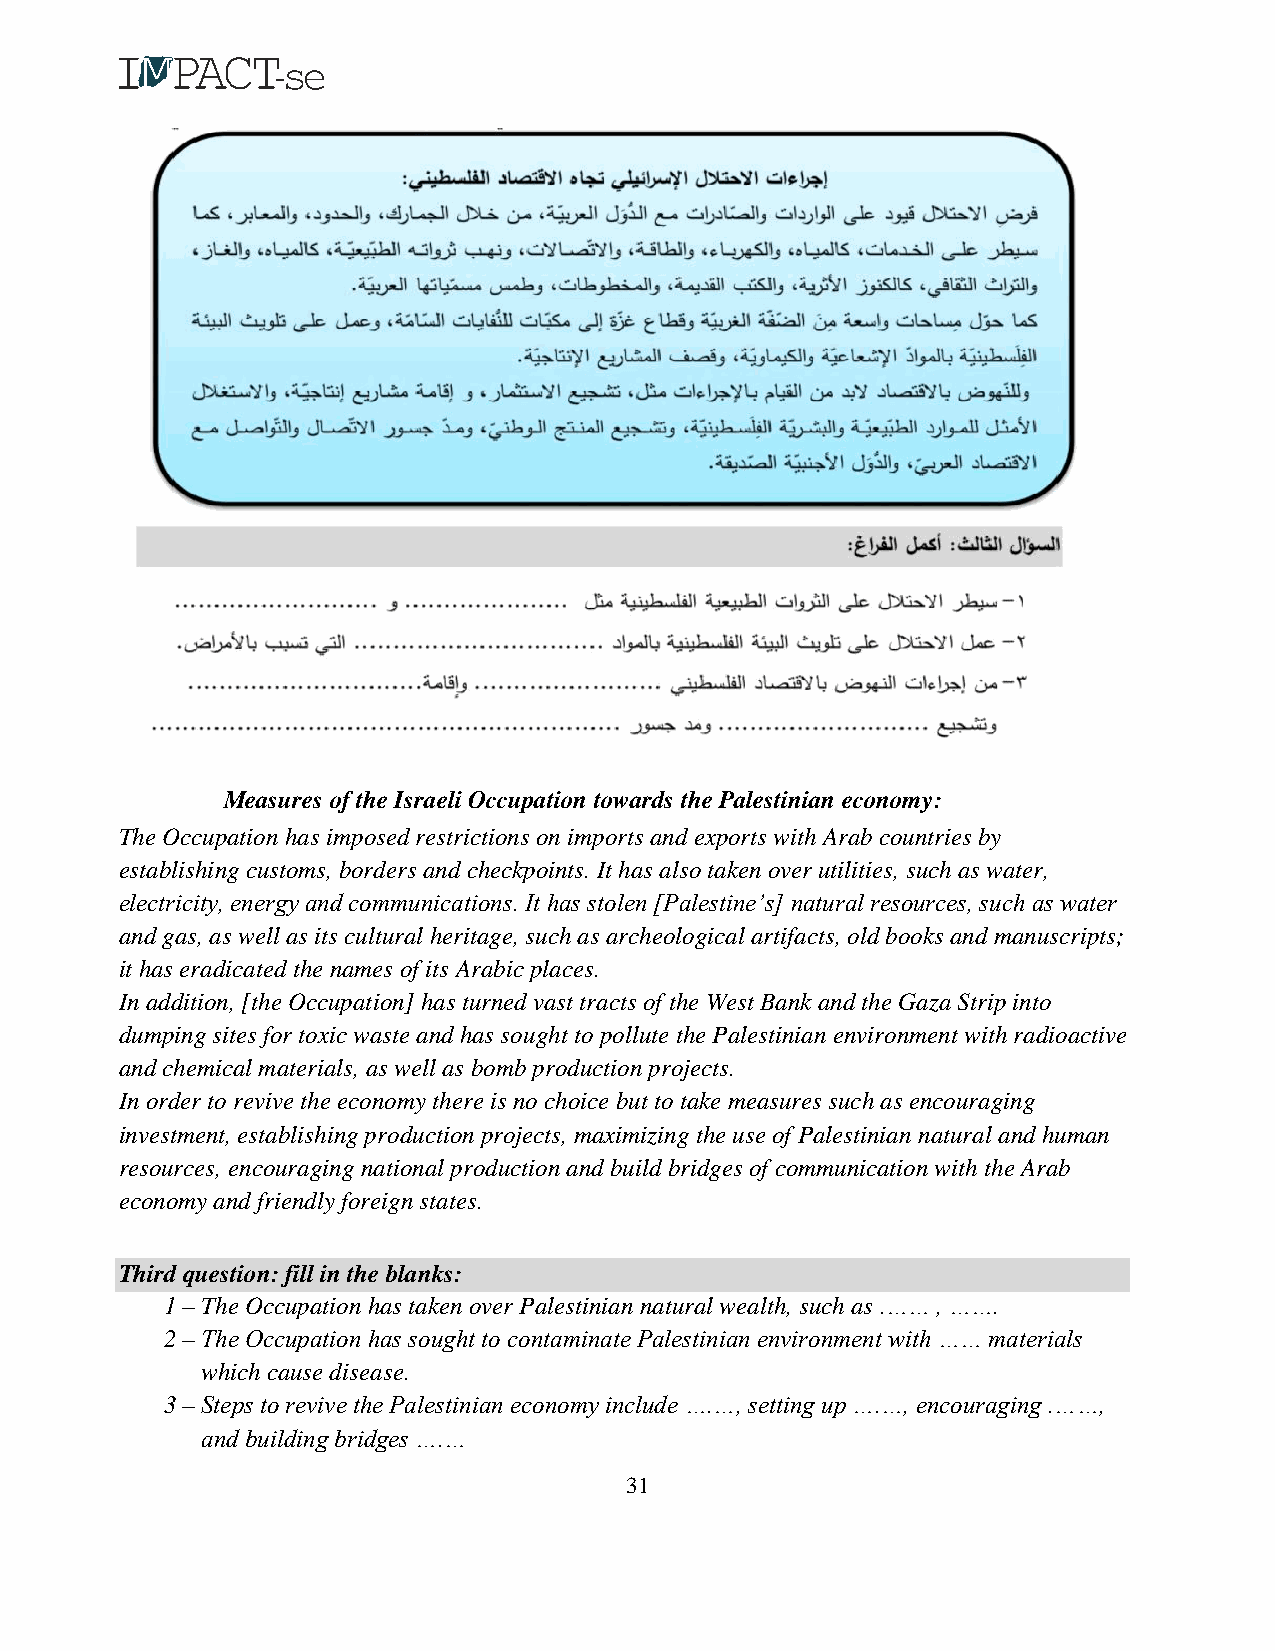
Measures of the Israeli Occupation towards the Palestinian economy:
 The Occupation has imposed restrictions on imports and exports with Arab countries by
 establishing customs, borders and checkpoints. It has also taken over utilities, such as water,
 electricity, energy and communications. It has stolen [Palestine’s] natural resources, such as water
 and gas, as well as its cultural heritage, such as archeological artifacts, old books and manuscripts;
 it has eradicated the names of its Arabic places.
 In addition, [the Occupation] has turned vast tracts of the West Bank and the Gaza Strip into
 dumping sites for toxic waste and has sought to pollute the Palestinian environment with radioactive
 and chemical materials, as well as bomb production projects.
 In order to revive the economy there is no choice but to take measures such as encouraging
 investment, establishing production projects, maximizing the use of Palestinian natural and human
 resources, encouraging national production and build bridges of communication with the Arab
 economy and friendly foreign states.
 Third question: fill in the blanks:
 1 – The Occupation has taken over Palestinian natural wealth, such as .…… , …….
 2 – The Occupation has sought to contaminate Palestinian environment with …… materials
 which cause disease.
 3 – Steps to revive the Palestinian economy include ….…, setting up ….…, encouraging .……,
 and building bridges ….…
 31